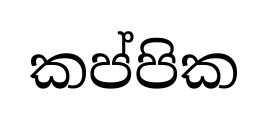
කප්පික